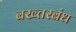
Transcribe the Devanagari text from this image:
बख्तरबंध